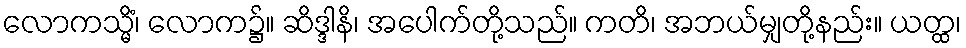
လောကသ္မိံ၊ လောက၌။ ဆိဒ္ဒါနိ၊ အပေါက်တို့သည်။ ကတိ၊ အဘယ်မျှတို့နည်း။ ယတ္ထ၊